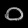
Digit: ၀